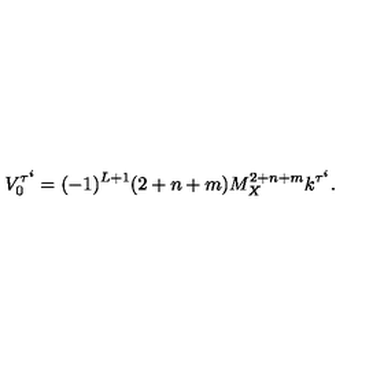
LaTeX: V _ { 0 } ^ { \tau ^ { i } } = ( - 1 ) ^ { L + 1 } ( 2 + n + m ) M _ { X } ^ { 2 + n + m } k ^ { \tau ^ { i } } . \,